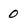
Character: 0